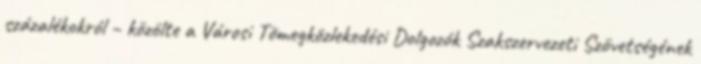
százalékokról – közölte a Városi Tömegközlekedési Dolgozók Szakszervezeti Szövetségének